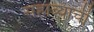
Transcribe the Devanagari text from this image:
सहाव्याची